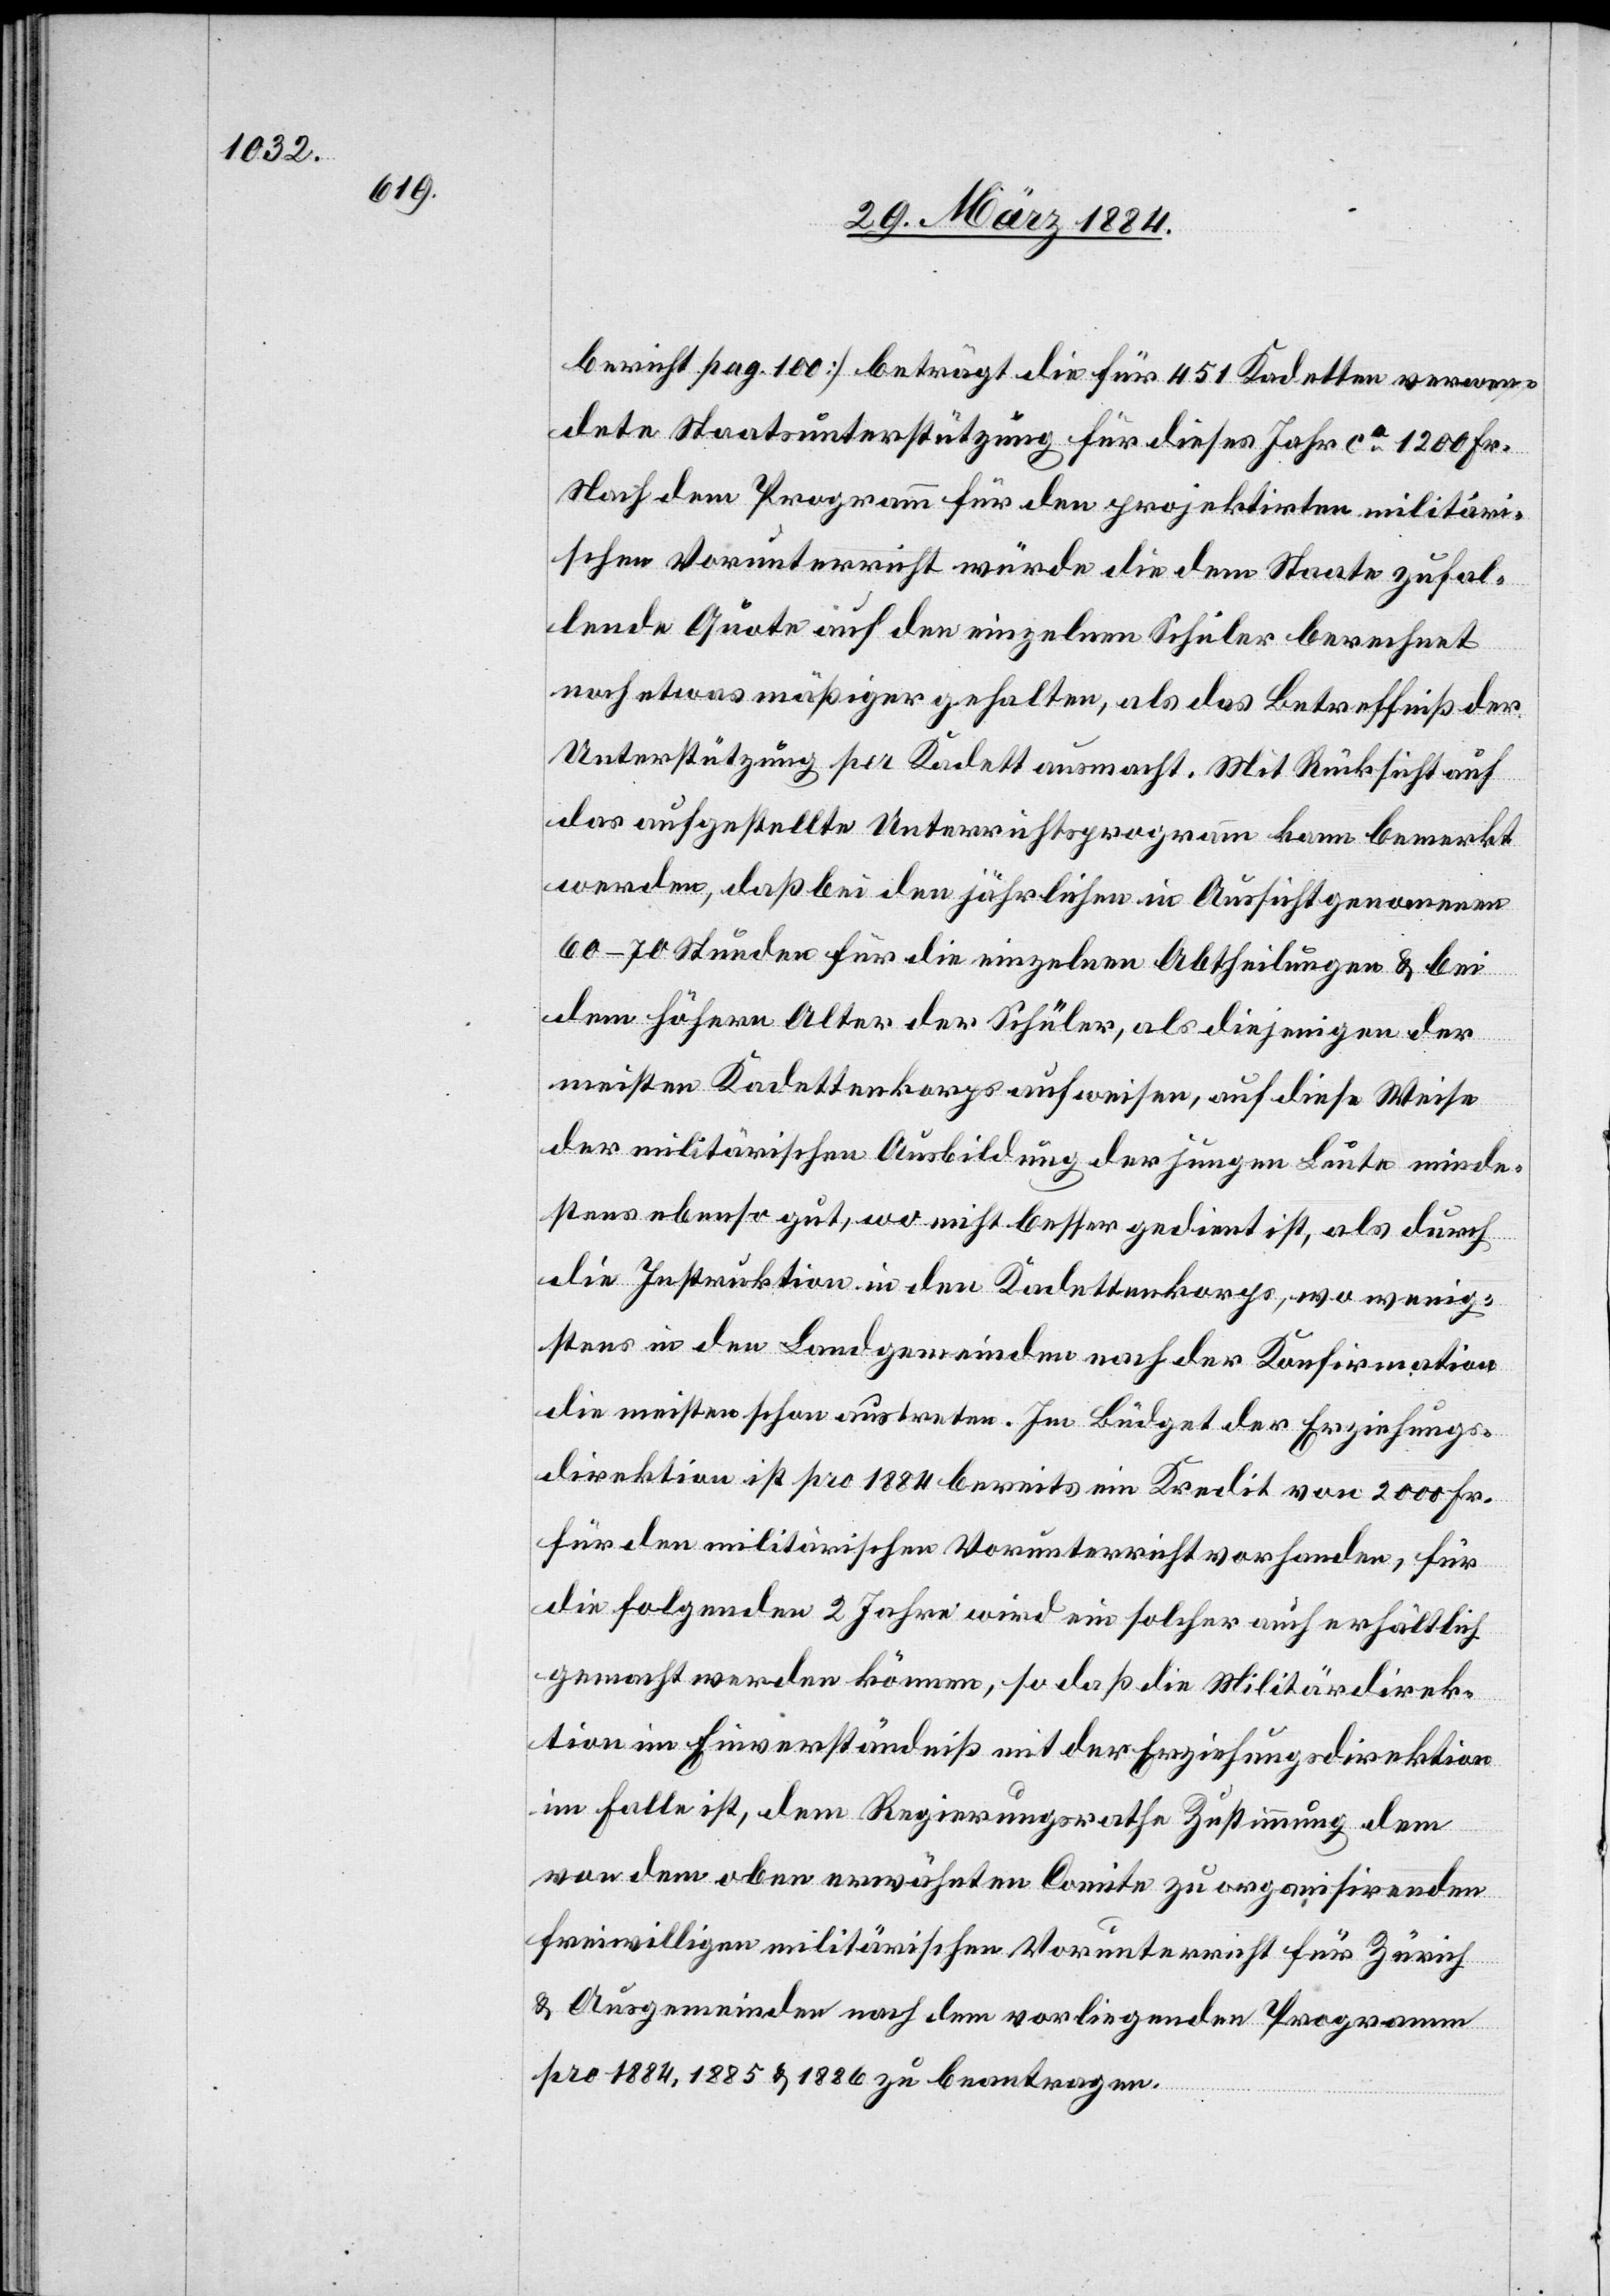
bericht pag. 100] beträgt die für 451 Kadetten verwen¬
dete Staatsunterstützung für dieses Jahr ca 1200 Fr.
Nach dem Programm für den projektirten militäri¬
schen Vorunterricht würde die dem Staate zufal¬
lende Quote auf den einzelnen Schüler berechnet
noch etwas mäßiger gehalten, als das Betreffniß der
Unterstützung per Kadett ausmacht. Mit Rücksicht auf
das aufgestellte Unterrichtsprogramm kann bemerkt
werden, daß bei den jährlich in Aussicht genommenen
60–70 Stunden für die einzelnen Abtheilungen & bei
dem höhern Alter der Schüler, als diejenigen der
meisten Kadettenkorps aufweisen, auf diese Weise
der militärischen Ausbildung der jungen Leute minde¬
stens ebenso gut, wo nicht besser gedient ist, als durch
die Instruktion in den Kadettenkorps, wo wenig¬
stens in den Landgemeinden nach der Konfirmation
die meisten schon austreten. Im Büdget der Erziehungs¬
direktion ist pro 1884 bereits ein Kredit von 2000 Fr.
für den militärischen Vorunterricht vorhanden, für
die folgenden 2 Jahre wird ein solcher auch erhältlich
gemacht werden können, so daß die Militärdirek¬
tion im Einverständniß mit der Erziehungsdirektion
im Falle ist, dem Regierungsrathe Zustimmung zu dem
von dem oben erwähnten Comite zu organisirenden
freiwilligen militärischen Vorunterricht für Zürich
& Ausgemeinden nach dem vorliegenden Programm
pro 1884, 1885 & 1886 zu beantragen.